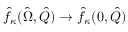
\hat { f } _ { \kappa } ( \hat { \Omega } , \hat { Q } ) \rightarrow \hat { f } _ { \kappa } ( 0 , \hat { Q } )